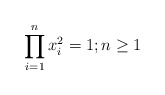
\begin{align*}\prod_{i=1}^nx_i^2=1; n\geq 1\end{align*}